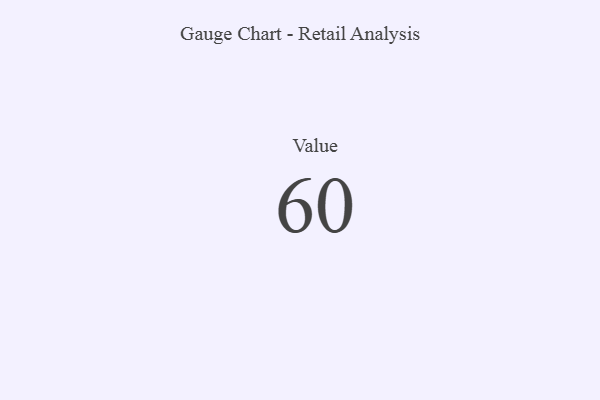
{"axis": {"x": "Metric", "y": "Value"}, "legend": [""], "data": [{"x": "Value", "y": 60, "type": ""}]}